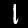
Label: 1